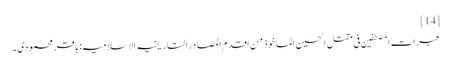
[14]
عبرات المصطفین فی مقتل الحسین الماخوذ من اقدم المصادر التاریخیہ الاسلامیہ: باقر محمودی ۔